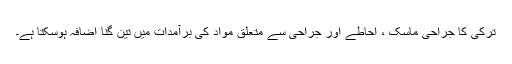
ترکی کا جراحی ماسک ، احاطے اور جراحی سے متعلق مواد کی برآمدات میں تین گنا اضافہ ہوسکتا ہے۔